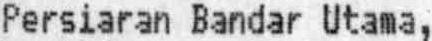
PERSIARAN BANDAR UTAMA,